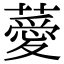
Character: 薆